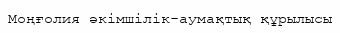
Моңғолия әкімшілік-аумақтық құрылысы